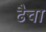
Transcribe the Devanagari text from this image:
ढैचा